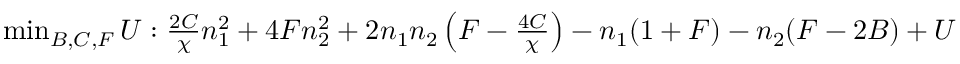
\begin{array} { r } { \operatorname* { m i n } _ { B , C , F } U : \frac { 2 C } { \chi } n _ { 1 } ^ { 2 } + 4 F n _ { 2 } ^ { 2 } + 2 n _ { 1 } n _ { 2 } \left( F - \frac { 4 C } { \chi } \right) - n _ { 1 } ( 1 + F ) - n _ { 2 } ( F - 2 B ) + U - \frac { B + C } { 2 } \in S o S . } \end{array}